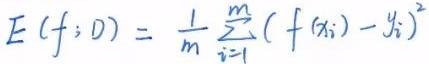
$E(f; D)=\frac{1}{m}\sum_{i = 1}^{m}(f(x_i)-y_i)^2$